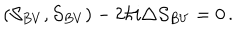
LaTeX: ( \mathcal { S } _ { B V } , \mathcal { S } _ { B V } ) - 2 \hbar i \triangle \mathcal { S } _ { B V } = 0 \, .